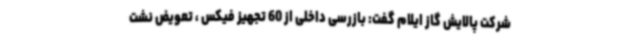
شرکت پالایش گاز ایلام گفت: بازرسی داخلی از 60 تجهیز فیکس ، تعویض نشت